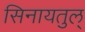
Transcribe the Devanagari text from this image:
सिनायतुल्